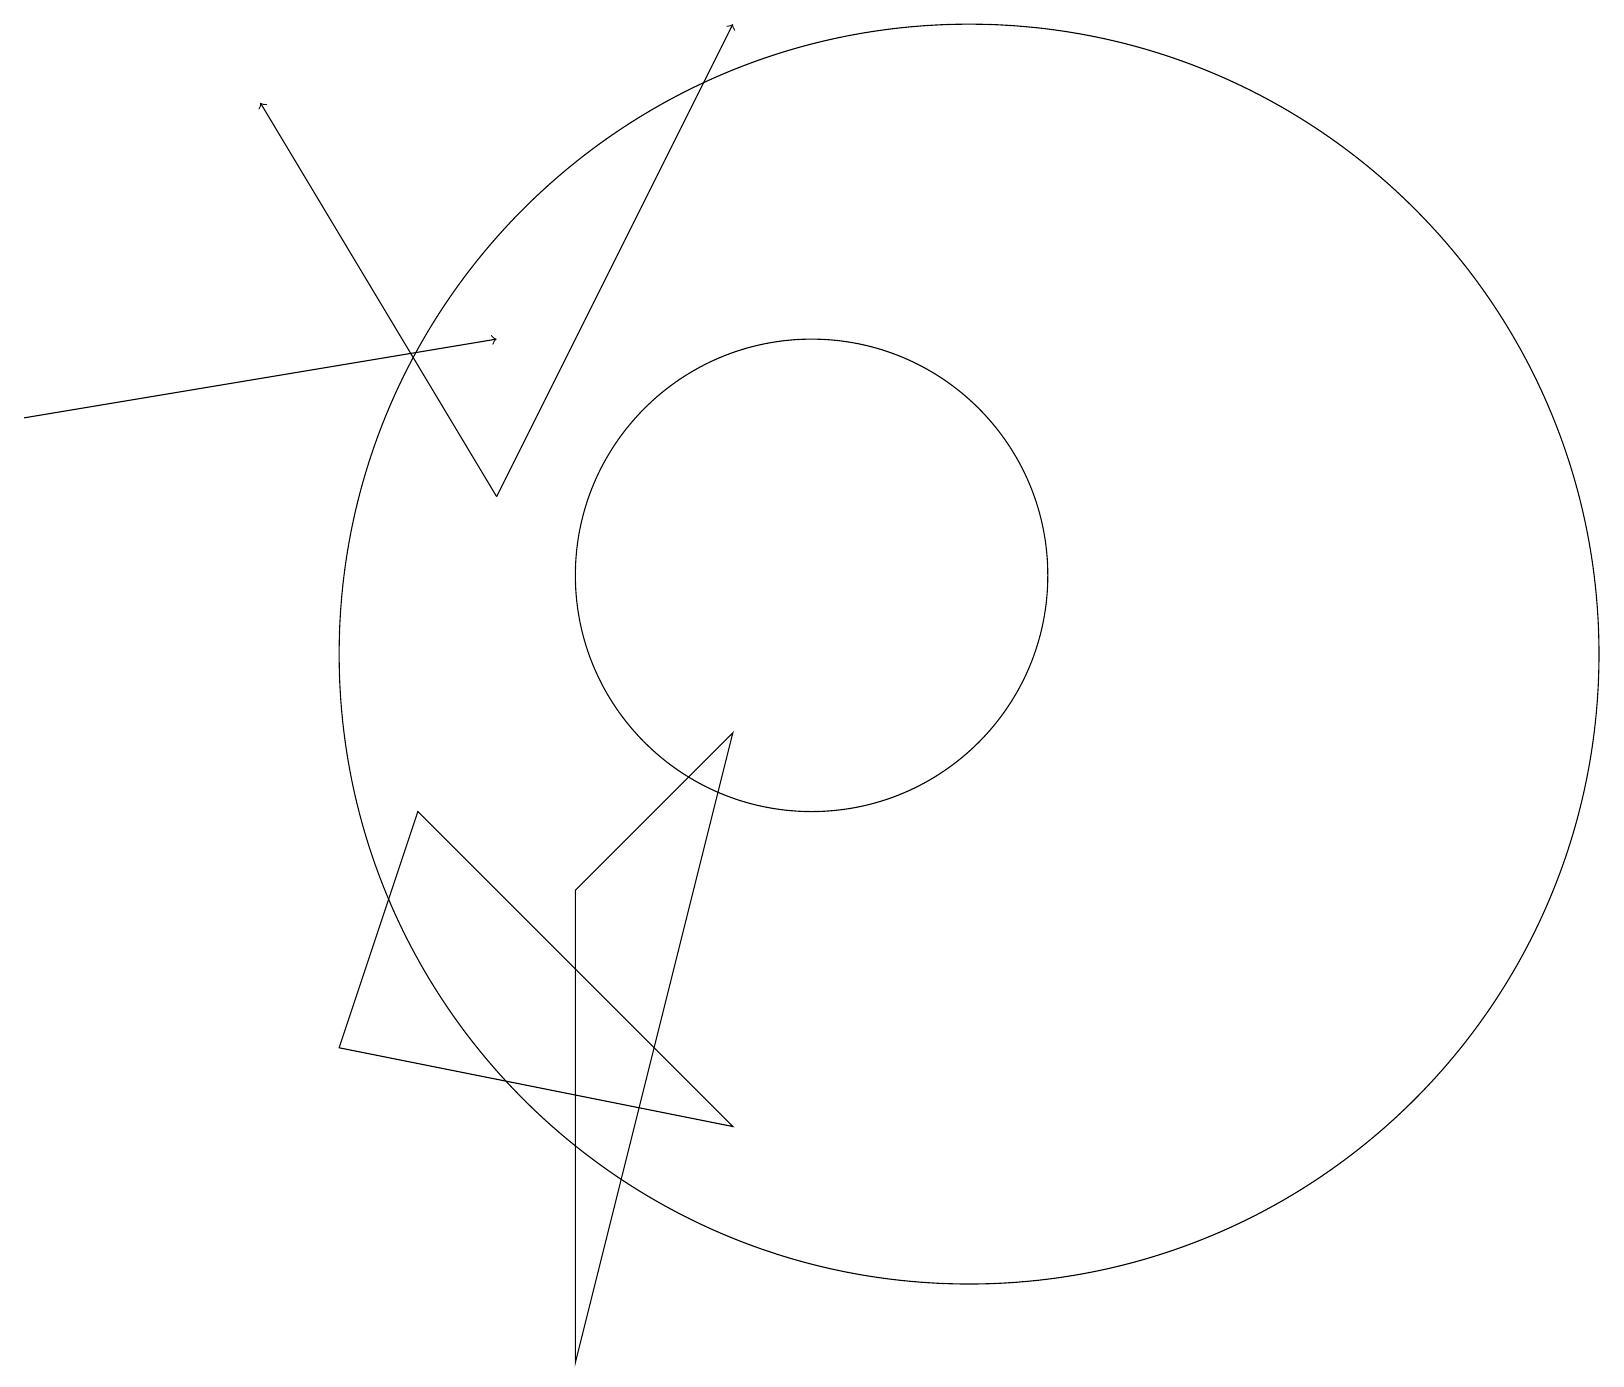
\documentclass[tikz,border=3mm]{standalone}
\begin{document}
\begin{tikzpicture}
\draw[->] (0,13) -- (6,14);
\draw (12,10) circle (8);
\draw (9,9) -- (7,7) -- (7,1) -- cycle;
\draw (5,8) -- (4,5) -- (9,4) -- cycle;
\draw (10,11) circle (3);
\draw[->] (6,12) -- (3,17);
\draw[->] (6,12) -- (9,18);
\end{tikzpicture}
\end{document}